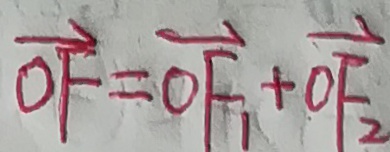
\overrightarrow { O F } = \overrightarrow { O F _ { 1 } } + \overrightarrow { O F _ { 2 } }